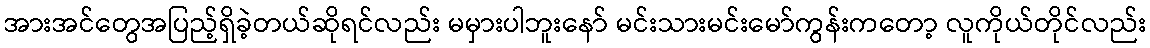
အားအင်တွေအပြည့်ရှိခဲ့တယ်ဆိုရင်လည်း မမှားပါဘူးနော် မင်းသားမင်းမော်ကွန်းကတော့ လူကိုယ်တိုင်လည်း